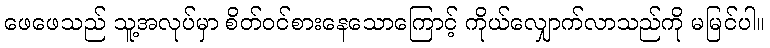
ဖေဖေသည် သူ့အလုပ်မှာ စိတ်ဝင်စားနေသောကြောင့် ကိုယ်လျှောက်လာသည်ကို မမြင်ပါ။